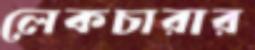
লেকচারার